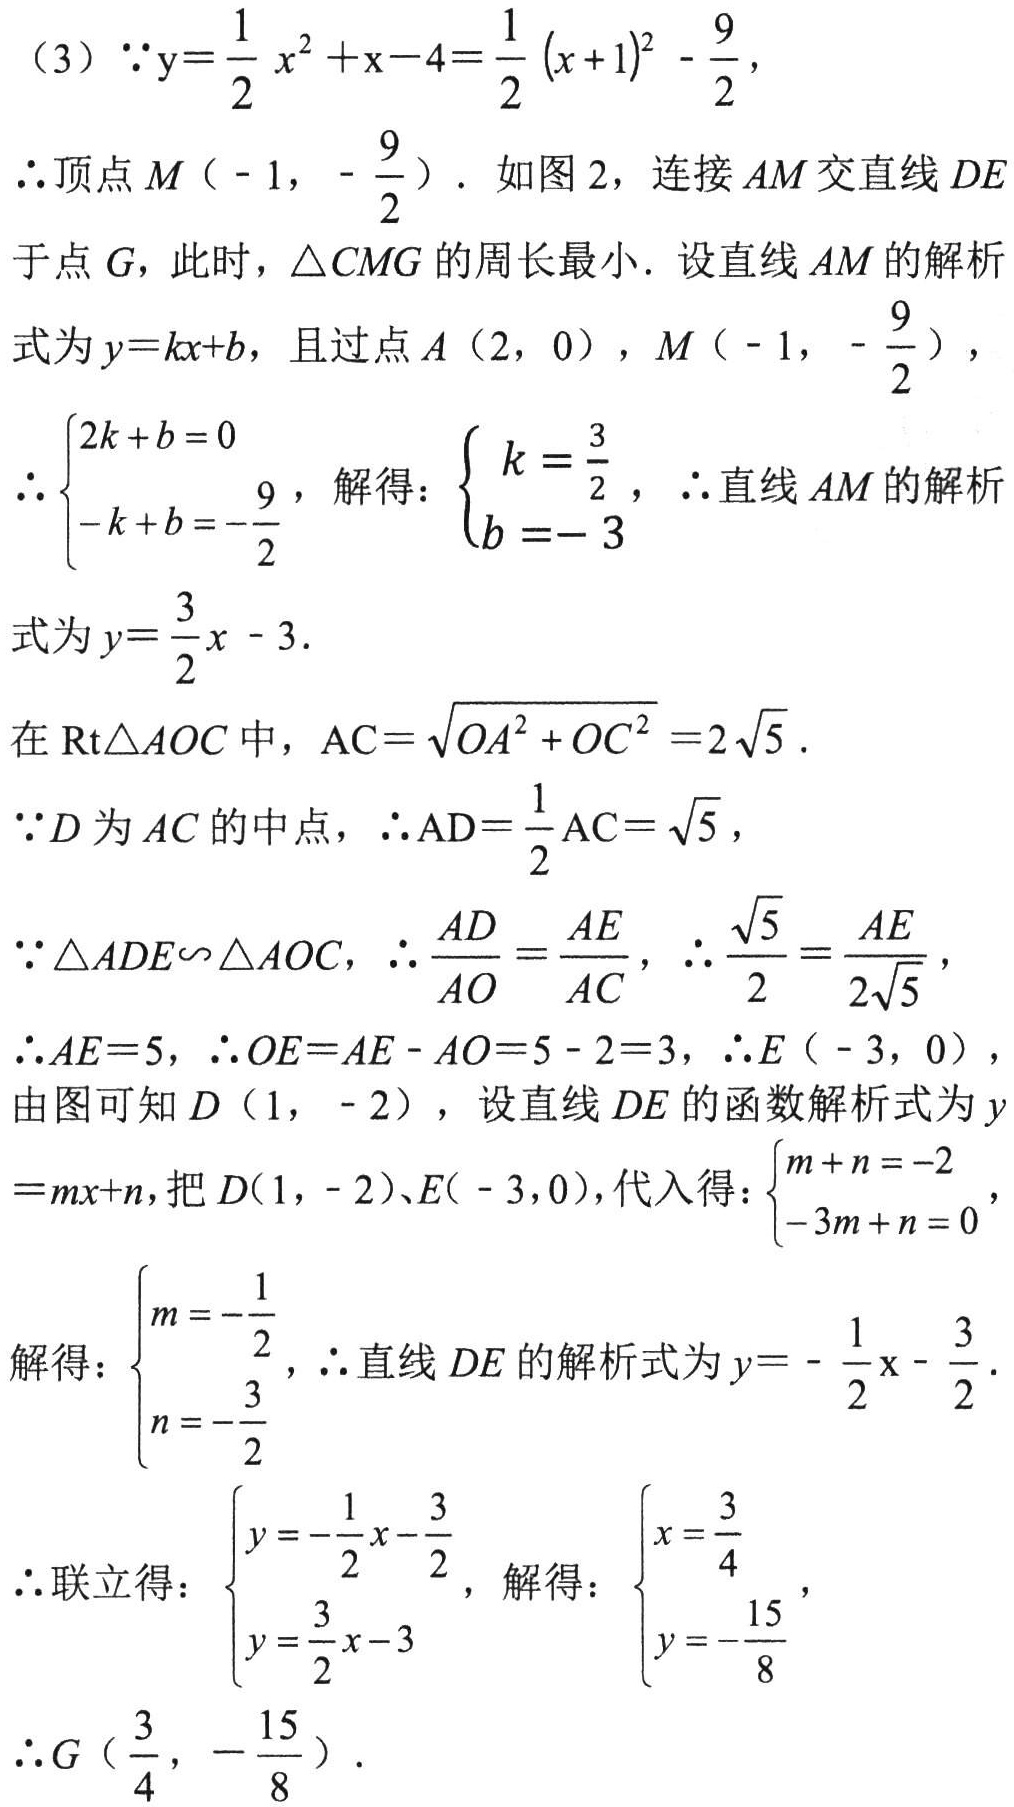
（3）\(\because y = \frac{1}{2}x^{2}+x - 4=\frac{1}{2}(x + 1)^{2}-\frac{9}{2}\)，
\(\therefore\)顶点\(M\left(-1,-\frac{9}{2}\right)\). 如图 2，连接 \(AM\) 交直线 \(DE\) 于点 \(G\)，此时，\(\triangle CMG\) 的周长最小. 设直线 \(AM\) 的解析式为 \(y = kx + b\)，且过点 \(A(2,0)\)，\(M\left(-1,-\frac{9}{2}\right)\)，
\(\therefore\begin{cases}2k + b = 0\\-k + b = -\frac{9}{2}\end{cases}\)，解得：\(\begin{cases}k=\frac{3}{2}\\b = - 3\end{cases}\)，\(\therefore\)直线 \(AM\) 的解析式为 \(y=\frac{3}{2}x - 3\).

在 \(\text{Rt}\triangle AOC\) 中，\(AC=\sqrt{OA^{2}+OC^{2}} = 2\sqrt{5}\).
\(\because D\) 为 \(AC\) 的中点，\(\therefore AD=\frac{1}{2}AC=\sqrt{5}\)，
\(\because\triangle ADE\backsim\triangle AOC\)，\(\therefore\frac{AD}{AO}=\frac{AE}{AC}\)，\(\therefore\frac{\sqrt{5}}{2}=\frac{AE}{2\sqrt{5}}\)，
\(\therefore AE = 5\)，\(\therefore OE=AE - AO = 5 - 2 = 3\)，\(\therefore E(-3,0)\)，
由图可知 \(D(1,-2)\)，设直线 \(DE\) 的函数解析式为 \(y=mx + n\)，把 \(D(1,-2)\)、\(E(-3,0)\)，代入得：\(\begin{cases}m + n = - 2\\-3m + n = 0\end{cases}\)，
解得：\(\begin{cases}m=-\frac{1}{2}\\n = -\frac{3}{2}\end{cases}\)，\(\therefore\)直线 \(DE\) 的解析式为 \(y = -\frac{1}{2}x-\frac{3}{2}\).

\(\therefore\)联立得：\(\begin{cases}y = -\frac{1}{2}x-\frac{3}{2}\\y=\frac{3}{2}x - 3\end{cases}\)，解得：\(\begin{cases}x=\frac{3}{4}\\y = -\frac{15}{8}\end{cases}\)，
\(\therefore G\left(\frac{3}{4},-\frac{15}{8}\right)\).